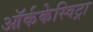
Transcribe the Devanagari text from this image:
ऑर्ककेस्विट्रा